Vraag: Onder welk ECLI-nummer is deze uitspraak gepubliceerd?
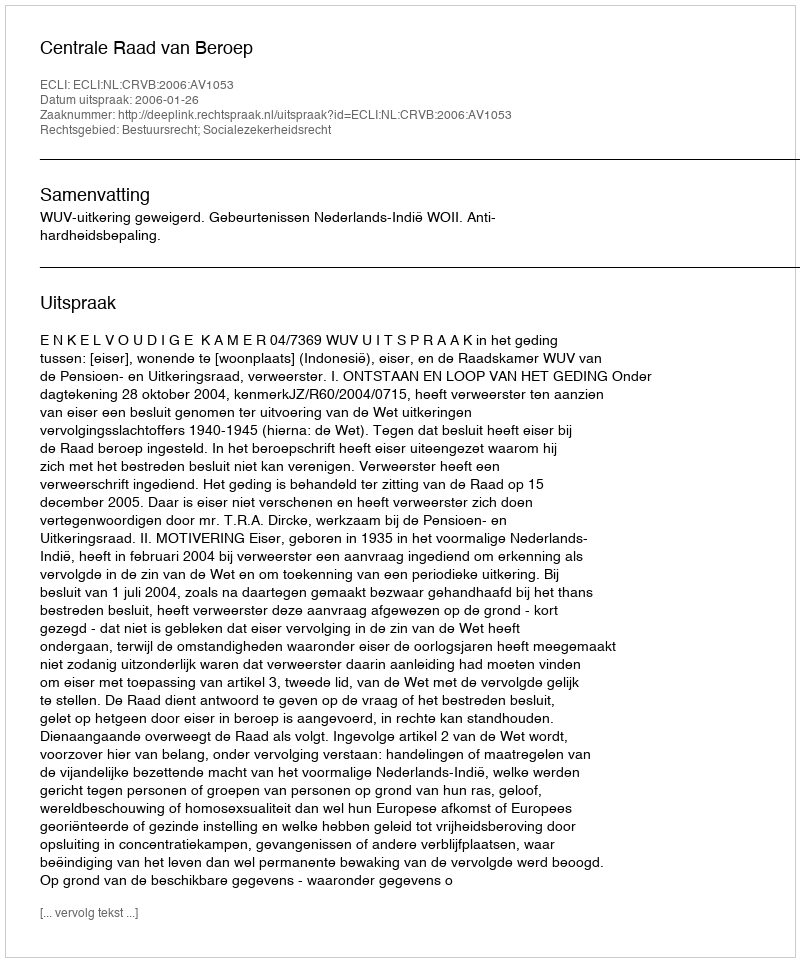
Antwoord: ECLI:NL:CRVB:2006:AV1053